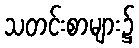
သတင်းစာများ၌